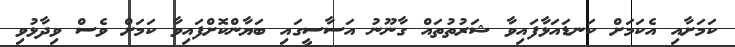
ކަމަށާއި އެކަމަށް ކަނޑައަޅާފައިވާ ޝަރުތުތައް ގާނޫނު އަސާސީގައި ބަޔާންކޮށްފައިވާ ކަމަށް ވެސް ވިދާޅުވި